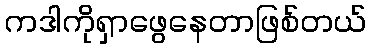
ကဒါကိုရှာဖွေနေတာဖြစ်တယ်